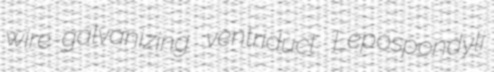
wire-galvanizing ventriduct Lepospondyli